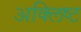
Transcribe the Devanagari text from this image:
अक्लिष्ट